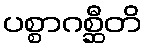
ပစ္စာဂစ္ဆီတိ